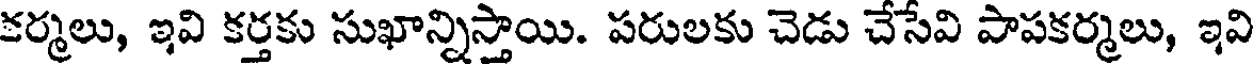
కర్మలు, ఇవి కర్తకు సుఖాన్నిస్తాయి. పరులకు చెడు చేసేవి పాపకర్మలు, ఇవి